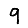
Digit: 9